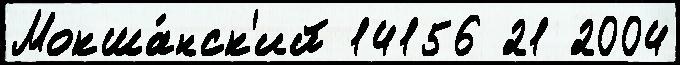
Мокша́нск'ий 14156 21 2004